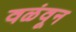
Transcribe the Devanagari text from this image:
वळंवून